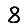
Digit: 8